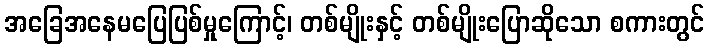
အခြေအနေမပြေပြစ်မှုကြောင့်၊ တစ်မျိုးနှင့် တစ်မျိုးပြောဆိုသော စကားတွင်